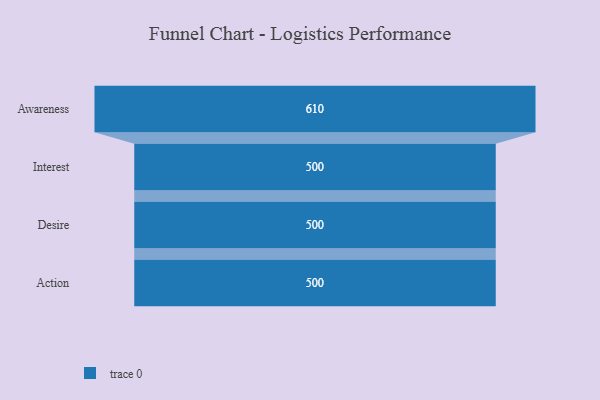
{"axis": {"x": "Stage", "y": "Value"}, "legend": [""], "data": [{"x": "Awareness", "y": 610.0, "type": ""}, {"x": "Interest", "y": 500, "type": ""}, {"x": "Desire", "y": 500, "type": ""}, {"x": "Action", "y": 500, "type": ""}]}